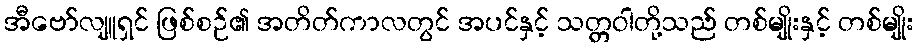
အီဗော်လျူရှင် ဖြစ်စဉ်၏ အတိတ်ကာလတွင် အပင်နှင့် သတ္တဝါတို့သည် တစ်မျိုးနှင့် တစ်မျိုး